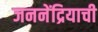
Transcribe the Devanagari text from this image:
जननेंद्रियाची